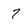
Character: 7